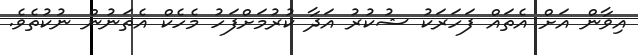
އިވާން އަށް އެތައް ފަހަރަކު ޝުކުރު އަދާ ކުރުމަށްފަހު މެހެކް އެތަނުން ނުކުތެވެ.